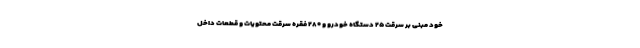
خود مبنی بر سرقت ۲۵ دستگاه خودرو و ۲۸۰ فقره سرقت محتویات و قطعات داخل